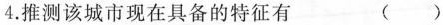
4.推测该城市现在具备的特征有 ( )